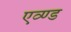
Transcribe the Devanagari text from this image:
एव्ण्ड